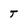
Character: T